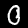
Digit: 0